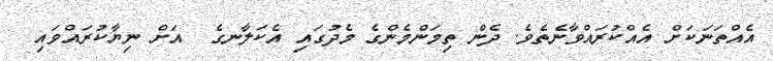
އެއްތަނަކަށް އެއްކުރައްވާނެތެވެ. ދެން ތިމަންމެންގެ މެދުގައި އެކަލާނގެ  އަށް ނިޔާކުރައްވައި